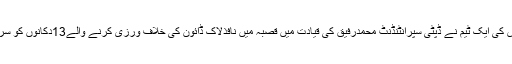
اچھ بل پولیس کی ایک ٹیم نے ڈپٹی سپرانٹنڈنٹ محمدرفیق کی قیادت میں قصبہ میں نافذلاک ڈائون کی خلاف ورزی کرنے والے13دکانوں کو سربمہر کردیا۔